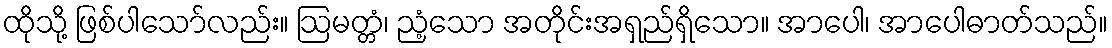
ထိုသို့ ဖြစ်ပါသော်လည်း။ ဩမတ္တံ၊ ညံ့သော အတိုင်းအရှည်ရှိသော။ အာပေါ၊ အာပေါဓာတ်သည်။